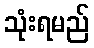
သုံးရမည်